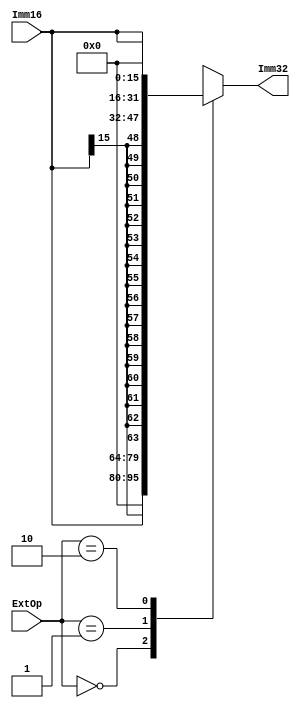
`timescale 1ns / 1ps
//////////////////////////////////////////////////////////////////////////////////
// Company: 
// Engineer: 
// 
// Design Name: 
// Module Name:    EXT 
// Project Name: 
// Target Devices: 
// Tool versions: 
// Description: 
//
// Dependencies: 
//
// Revision: 
// Revision 0.01 - File Created
// Additional Comments: 
//
//////////////////////////////////////////////////////////////////////////////////
module EXT(
    input [15:0] Imm16,
    input [1:0] ExtOp,
    output reg [31:0] Imm32
    );

	always @ * begin
		case (ExtOp)
			0: Imm32 = {16'b0, Imm16};
			1: Imm32 = {{16{Imm16[15]}}, Imm16};
			2: Imm32 = {Imm16, 16'b0};
			default: Imm32 = 32'bx;
		endcase
	end

endmodule